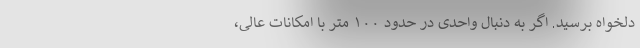
دلخواه برسید. اگر به دنبال واحدی در حدود ۱۰۰ متر با امکانات عالی،